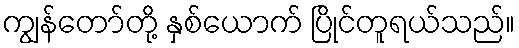
ကျွန်တော်တို့ နှစ်ယောက် ပြိုင်တူရယ်သည်။